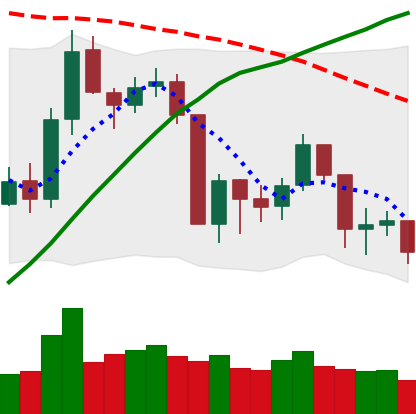
Ticker: BNB-USD
Chart end date: 2019-08-24
Forward return: -17.384%
Label: down_7plus